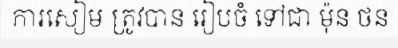
ការសៀម ត្រូវបាន រៀបចំ ទៅជា ម៉ុន ថន